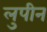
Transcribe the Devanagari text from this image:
लुपीन